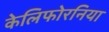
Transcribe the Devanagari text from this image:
केलिफोरनिया